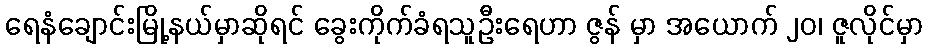
ရေနံချောင်းမြို့နယ်မှာဆိုရင် ခွေးကိုက်ခံရသူဦးရေဟာ ဇွန် မှာ အယောက် ၂၀၊ ဇူလိုင်မှာ